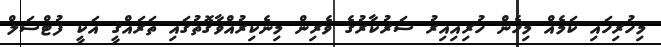
މިހުރިހައި ކަމެއް މިހެން ހުރިއިއިރު ސަރުކާރުގެ ވެރިން މިނެކިރުއްވާގޮތުގައި ތަރައްޤީ އަކީ ފުޓްސަލް